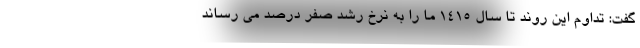
گفت: تداوم این روند تا سال ۱۴۱۵ ما را به نرخ رشد صفر درصد می رساند